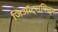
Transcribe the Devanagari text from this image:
जिऑट्रापिज्म